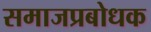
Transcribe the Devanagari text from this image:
समाजप्रबोधक